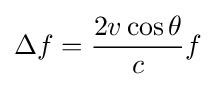
\Delta f={\frac {2v\cos \theta }{c}}f